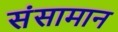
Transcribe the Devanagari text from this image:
संसामान